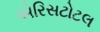
એરિસટોટલ